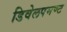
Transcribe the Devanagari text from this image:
डिवेलपमण्ट